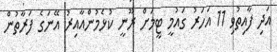
އަދި ފާއިތުވި 11 އަހަރު ގައުމީ ޓީމަށް ރޫނީ ކުޅެމުންއާއިރު އޭނަގެ ފަރާތުން